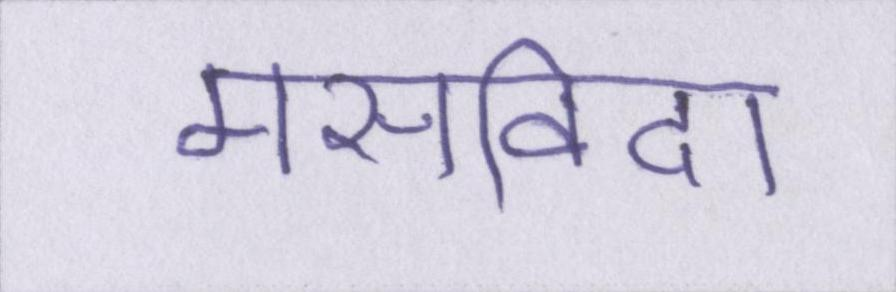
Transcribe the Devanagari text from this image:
मसविदा